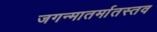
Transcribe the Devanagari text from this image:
जगन्मातर्मातस्तव